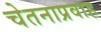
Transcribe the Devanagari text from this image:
चेतनाप्रवाह